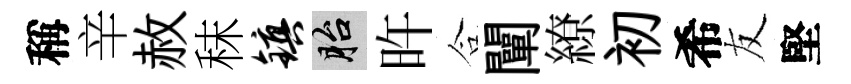
稱辛赦秣镇胎旿合闡繚初希友堅